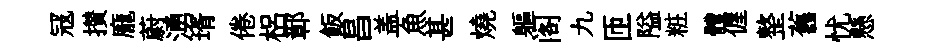
冦攅龐蔚湧壻倦梠鄣飯昌盖魚甚燒軀阁九匝隘粧體偓整舊忧懸